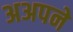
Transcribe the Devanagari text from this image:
अअपने